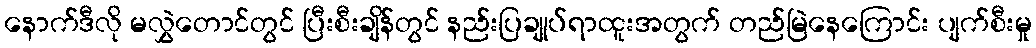
နောက်ဒီလို မလွှဲတောင်တွင် ပြီးစီးချိန်တွင် နည်းပြချုပ်ရာထူးအတွက် တည်မြဲနေကြောင်း ပျက်စီးမှု